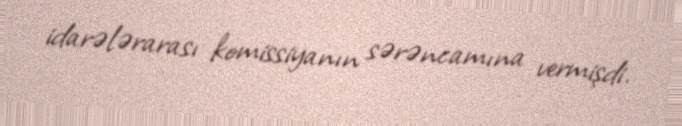
idarələrarası komissiyanın sərəncamına vermişdi.